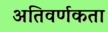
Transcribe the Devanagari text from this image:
अतिवर्णकता